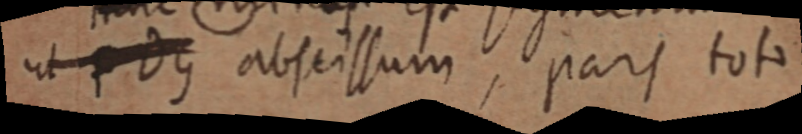
ut pDG abscissum, pars tota